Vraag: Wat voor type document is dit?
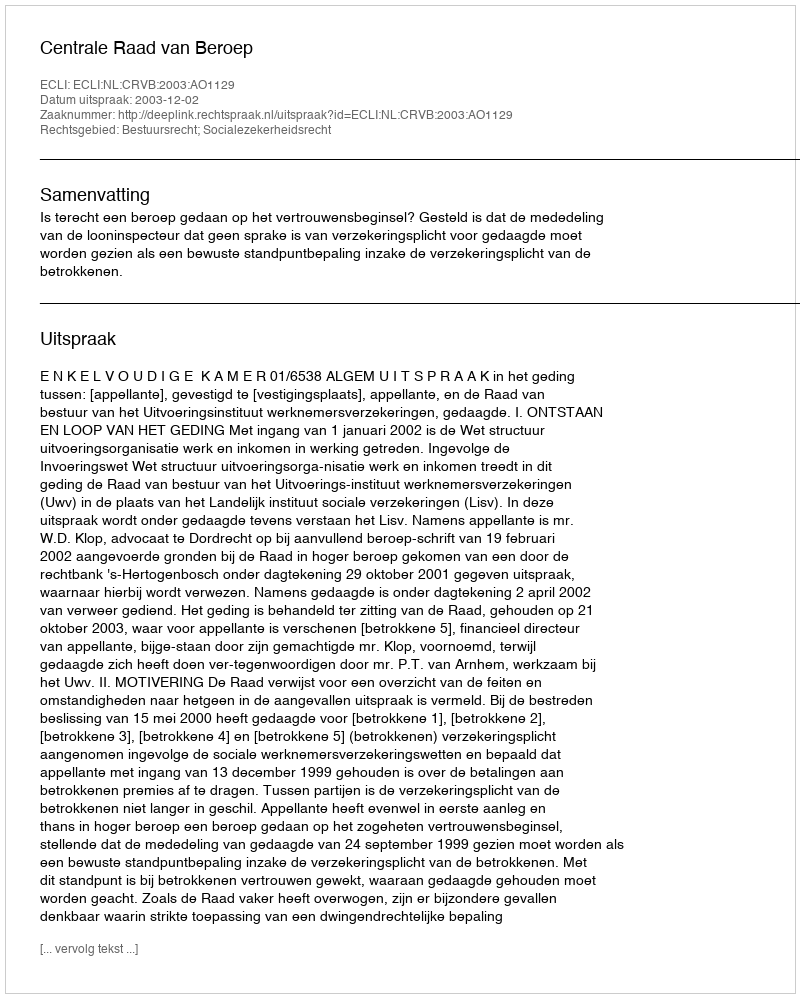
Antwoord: Uitspraak